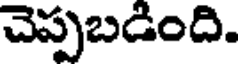
చెప్పబడింది.